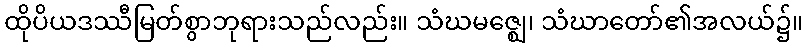
ထိုပိယဒဿီမြတ်စွာဘုရားသည်လည်း။ သံဃမဇ္ဈေ၊ သံဃာတော်၏အလယ်၌။